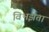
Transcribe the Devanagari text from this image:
विभझता